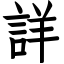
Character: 詳